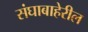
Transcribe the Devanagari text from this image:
संघाबाहेरील